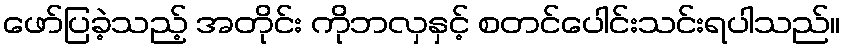
ဖော်ပြခဲ့သည့် အတိုင်း ကိုဘလှနှင့် စတင်ပေါင်းသင်းရပါသည်။